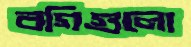
বগিগুলো